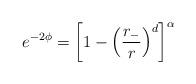
LaTeX: \begin{align*}e^{-2\phi}=\left[1-\left(\frac{r_-}{r}\right)^d \right]^{\alpha}\end{align*}